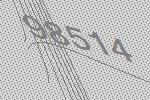
98514